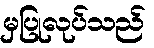
မှပြုလုပ်သည်